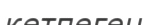
кетпеген